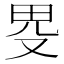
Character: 𤰯